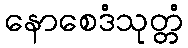
နောစေဒံသုတ္တံ